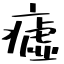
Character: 𤺞